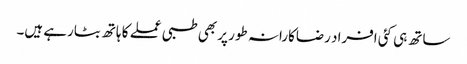
ساتھ ہی کئی افراد رضاکارانہ طور پر بھی طبی عملے کا ہاتھ بٹارہے ہیں۔